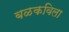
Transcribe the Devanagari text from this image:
बळकविला